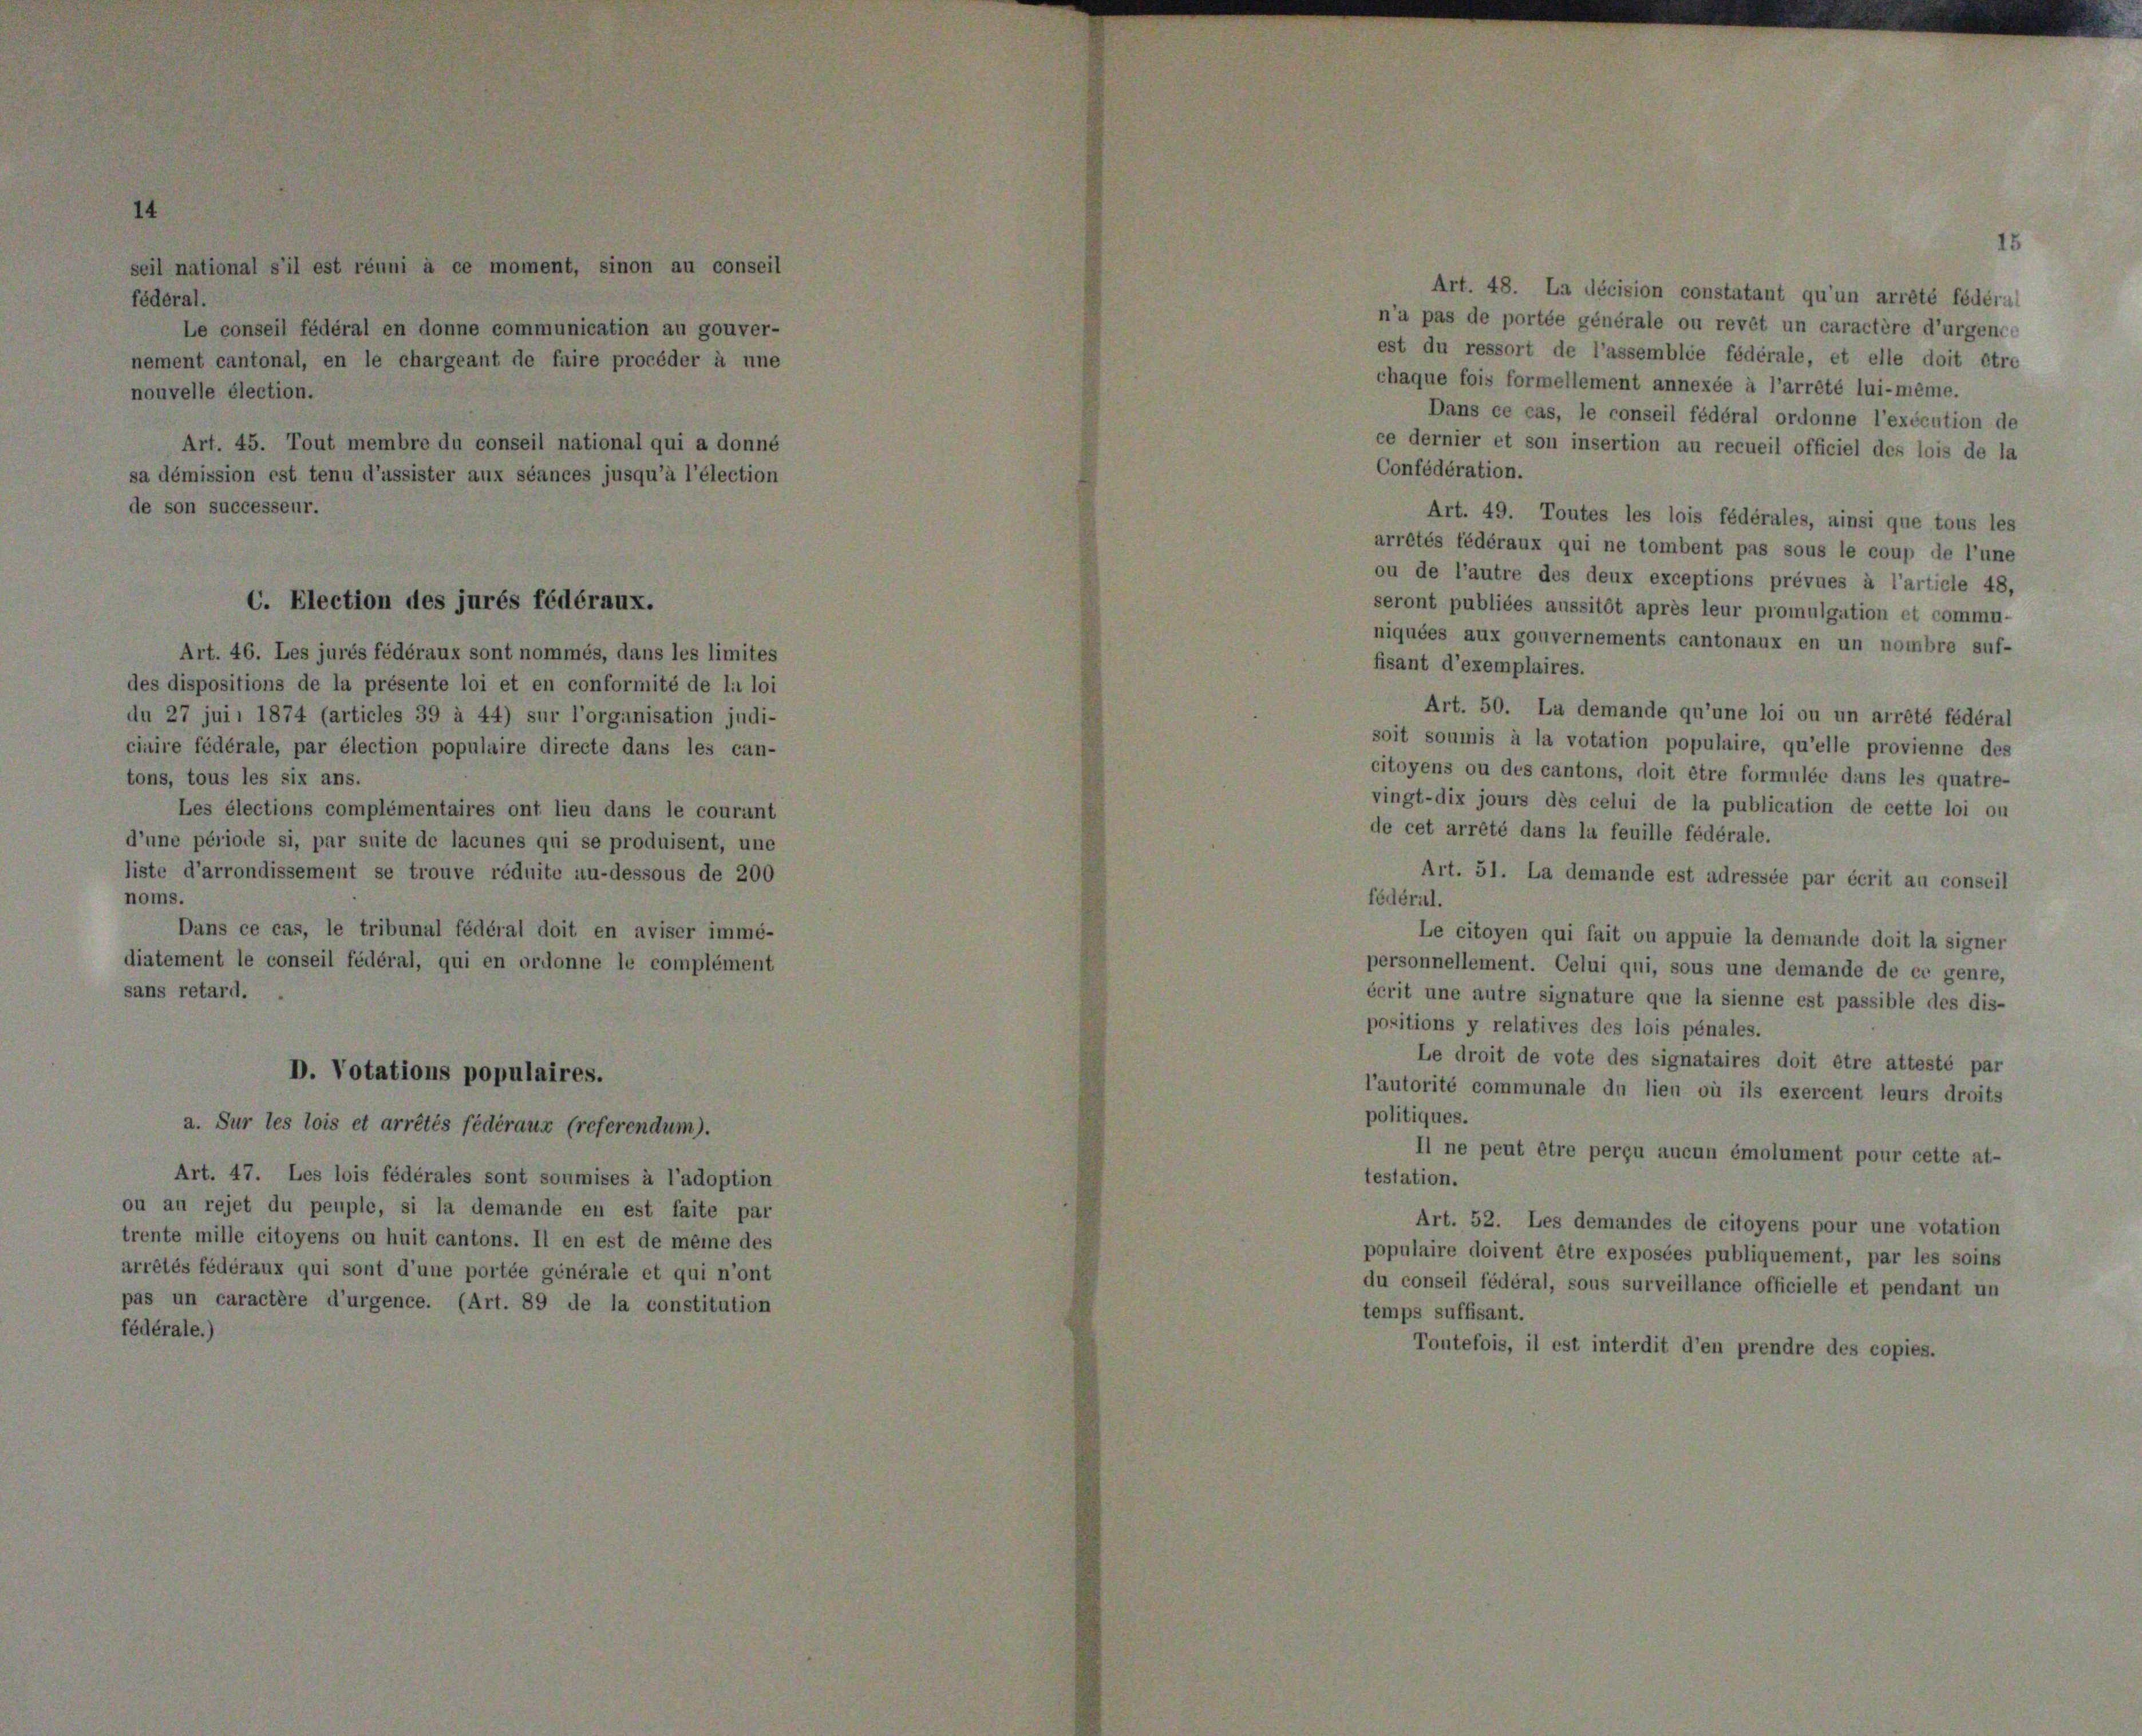
s

x ans.
s complémentaires ont lieu dans le courant
par suite de lacunes qui se produisent, une
ement se trouve réduite au-dessous de 200

le tribu
fédéral

1

s ou huit cantons. II
sont d’une portés
re d’urgence. (Art. 1

89

is les lim
lité de lit

ite

mé-

le

semblée fédérale, et elle doit être
is formellement annexée à l’arrêté lui-même.
ce cas, le conseil fédéral ordonne l’exécution de
r et son insertion au recueil officiel des lois de la

r

e ci
pul

et

qu’un
n car

Art. 49. Toutes les lois fédérales, ainsi que tous les
tés fédéraux qui ne tombent pas sous le coup de l’une
de l’autre des deux exceptions prévues à l’article 48,
ront publiées aussitôt après leur promulgation et commu-
ubes aux gouvernements cantonaux en un nombre suf-
ant d’exemplaires.
Art. 50. La demande qu’une loi ou un arrété fédéral
t soumis à la votation populaire, qu’elle provienne des
yens ou des cantons, doit être formulée dans les quatre-
gt-dix jours dès celui de la publication de cette loi ou
cet arrêté dans la feuille fédérale.
Art. 51. La demande est adressée par écrit au conseil
ral.
Le citoyen qui fait ou appuie la demande doit la signer
sonnellement. Celui qui, sous une demande de ce genre,
t une autre signature que la sienne est passible des dis-
itions y relatives des lois pénales.
Le droit de vote des signataires doit être attesté par
orité communale du lieu où ils exercent leurs droits

e exp

par